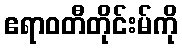
ဧရာဝတီတိုင်းမ်ကို